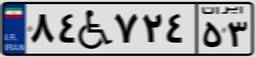
۸۴W۷۲۴۵۳